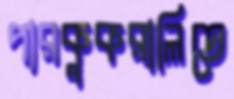
পারকুকরালিতে